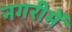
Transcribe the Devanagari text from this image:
नगरीमें